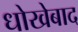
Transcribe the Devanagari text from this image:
धोखेबाद